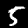
Digit: 5